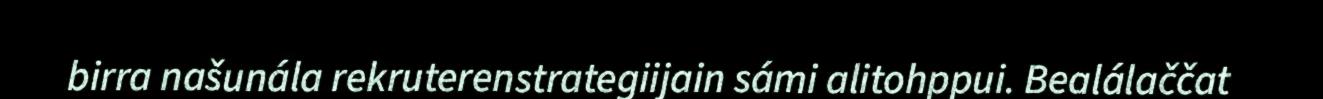
birra našunála rekruterenstrategiijain sámi alitohppui. Bealálaččat